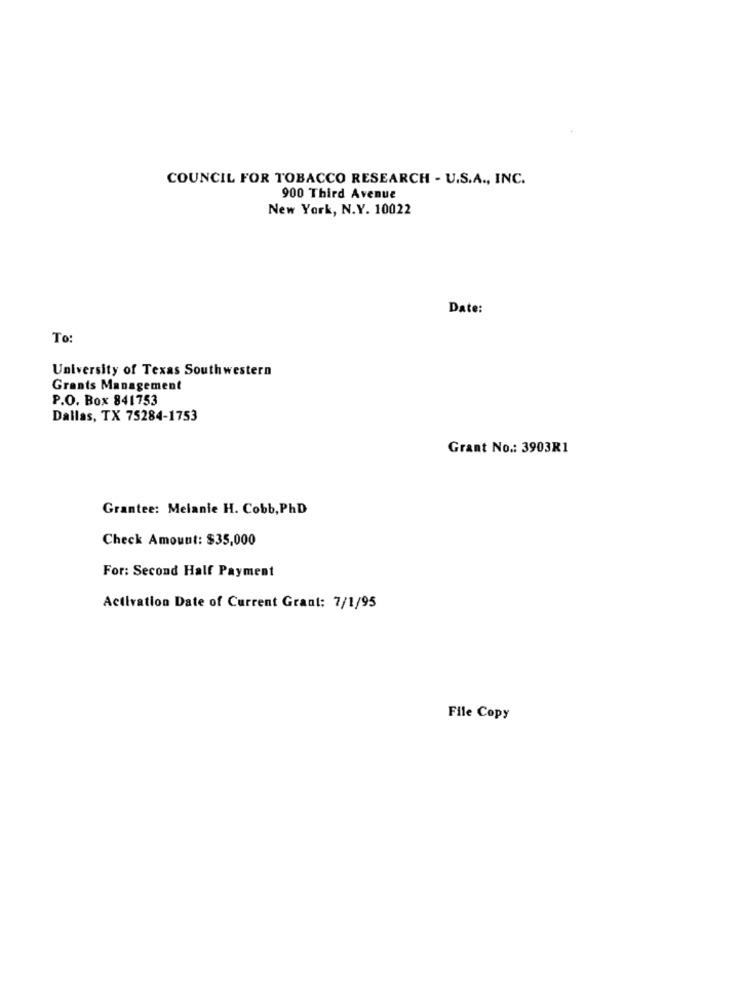
COUNCIL FOR TOBACCO RESEARCH - U.S.A ., INC.
900 Third Avenue
New York, N.Y. 10022
Date:
To:
University of Texas Southwestern
Grants Management
P.O. Box 841753
Dallas, TX 75284-1753
Grant No .: 3903R1
Grantee: Melanie H. Cobb, PhD
Check Amount: $35,000
For: Second Half Payment
Activation Date of Current Grant: 7/1/95
File Copy